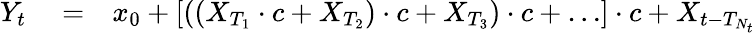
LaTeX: \begin{array}{rlr}{Y_{t}}&{{}=}&{x_{0}+\left[\left(\left(X_{T_{1}}\cdot c+X_{T_{2}}\right)\cdot c+X_{T_{3}}\right)\cdot c+\dots\right]\cdot c+X_{t-T_{N_{t}}}}\end{array}